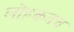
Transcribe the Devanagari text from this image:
लोहकवच